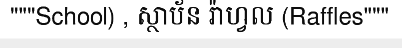
"""School) , ស្ថាប័ន រ៉ាហ្វល (Raffles"""